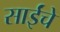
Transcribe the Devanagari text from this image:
साईंचे